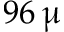
9 6 \, \upmu